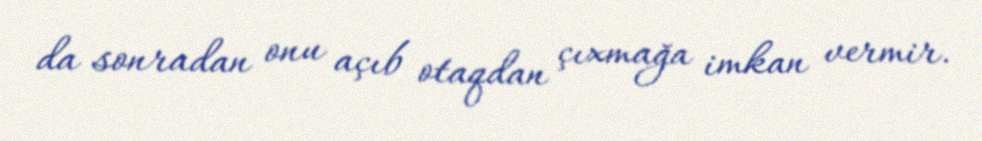
da sonradan onu açıb otaqdan çıxmağa imkan vermir.